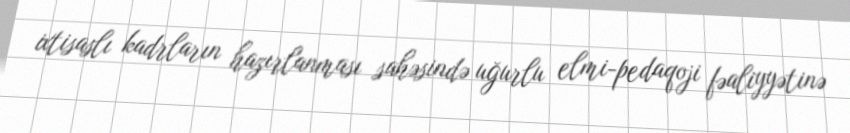
ixtisaslı kadrların hazırlanması sahəsində uğurlu elmi-pedaqoji fəaliyyətinə